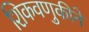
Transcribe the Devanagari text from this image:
शिकवणुकीने